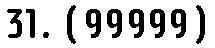
31. (99999)